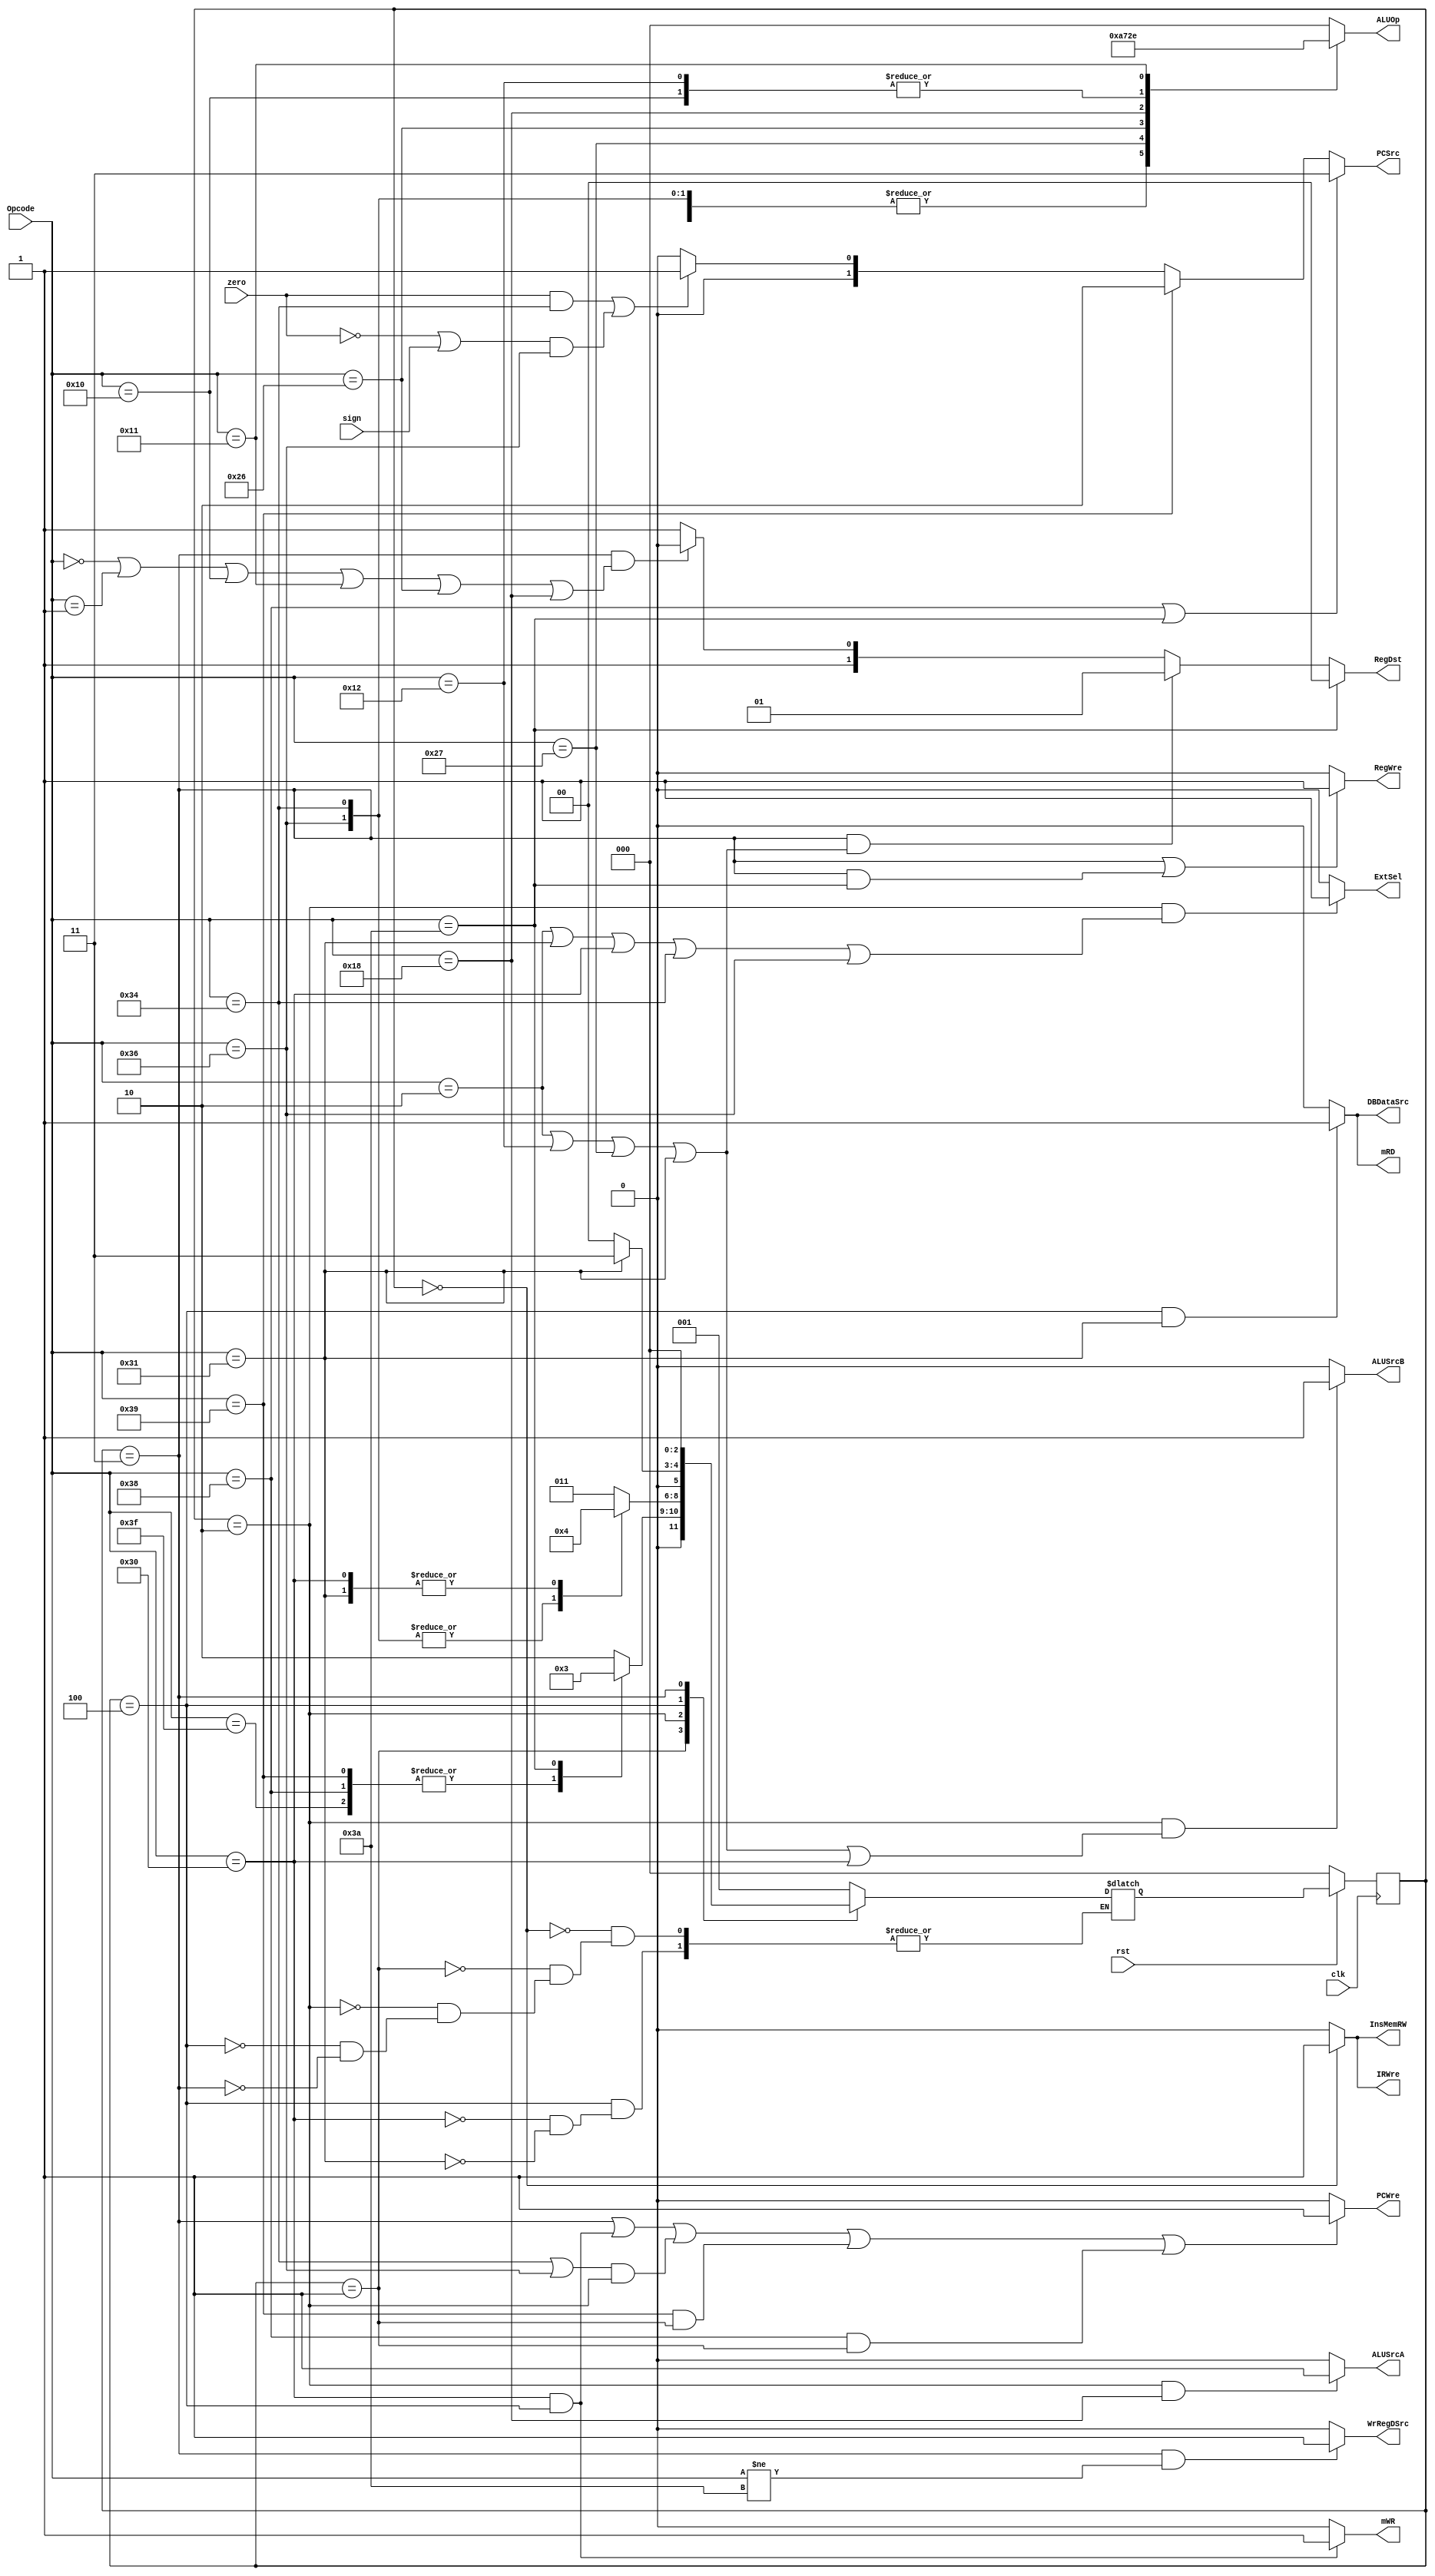
module ControlUnit(
    input clk,
    input rst,
    input [5:0] Opcode,
    input zero,
    input sign,
    output reg PCWre,
    output reg ALUSrcA,
    output reg ALUSrcB,
    output reg DBDataSrc,
    output reg RegWre,
    output reg WrRegDSrc,
    output reg InsMemRW,
    output reg mRD,
    output reg mWR,
    output reg IRWre,
    output reg ExtSel,
    output reg [1:0] PCSrc,
    output reg [1:0] RegDst,
    output reg [2:0] ALUOp
    );
    
    // 洢ǰһ״̬ͺһ״̬
    reg[2:0] presentState;
    reg[2:0] nextState;
    reg [5:0] test;
    parameter [2:0] sIF = 3'b000,
                          sID = 3'b001,
                          sEXE = 3'b010,
                          sWB = 3'b011,
                          sMEM = 3'b100;
    initial begin
        nextState <= sID;
        test <= 2'b000000;
        ALUOp <= 2'b111;
    end                
    
    //  һ״̬
    always @(posedge clk) begin
        if (!rst)
            presentState <= sIF;
        else begin
            presentState <= nextState;
        end
    end
    
    parameter [5:0] add = 6'b000000,
                      sub = 6'b000001,
                      addi = 6'b000010,
                      Or = 6'b010000,
                      And = 6'b010001,
                      ori = 6'b010010,
                      sll = 6'b011000,
                      slt = 6'b100110,
                      sltiu = 6'b100111,
                      sw = 6'b110000,
                      lw = 6'b110001,
                      beq = 6'b110100,
                      bltz = 6'b110110,
                      j = 6'b111000,
                      jr = 6'b111001,
                      jal = 6'b111010,
                      halt = 6'b111111;
                      
    // opcode͵ǰ״̬ һ״̬
    always @(presentState or Opcode) begin
        case (presentState)
            sIF: nextState <= sID;
            sID: begin
                case (Opcode)
                    j,jr,halt: begin
                        nextState <= sIF;
                    end
                    jal: nextState <= sWB;
                    default: nextState <= sEXE;
                endcase
            end
            sEXE: begin
                case(Opcode)
                    beq,bltz: begin
                        nextState <= sIF;
                    end
                    sw,lw: begin
                        nextState <= sMEM;
                    end
                    default: nextState <= sWB;
                endcase
            end
            sMEM: begin
                case (Opcode)
                    sw: nextState <= sIF;
                    lw: nextState <= sWB;
                endcase
            end
            sWB: begin
                nextState <= sIF;
            end
        endcase
    end
    
    // opcode͵ǰ״̬ ȷϵǰź
    always @(presentState or zero or Opcode or sign) begin
    // PCWre(ʱӴ)
        if ((presentState == 3'b011) || (Opcode == sw && presentState == 3'b100) || ((Opcode == beq || Opcode == bltz) && presentState == 3'b010) || (Opcode == jr && presentState == 3'b001) || (Opcode == j && presentState == 3'b001))
            PCWre = 1;
        else
            PCWre = 0;
    // ALUSrcA
        if (presentState == 3'b010 && Opcode == sll)
            ALUSrcA = 1;
        else
            ALUSrcA = 0;
    // ALUSrcB
        if (presentState == 3'b010 && (Opcode == addi || Opcode == ori || Opcode == sltiu || Opcode == lw || Opcode == sw))
            ALUSrcB = 1;
        else
            ALUSrcB = 0;
    // DBDataSrc
        if (presentState == 3'b100 && Opcode == lw)
            DBDataSrc = 1;
        else
            DBDataSrc = 0;
    // RegWre
        if (presentState == 3'b011 || (presentState == 3'b011 && Opcode == jal))
            RegWre = 1;
        else
            RegWre = 0;
    // WrRegDSrc
        if (presentState == 3'b011 && Opcode != jal)
            WrRegDSrc = 1;
        else
            WrRegDSrc = 0;
    // InsMemRW
        if (presentState == 3'b000)
            InsMemRW = 1;
        else
            InsMemRW = 0;
    // mRD
        if (presentState == 3'b100 && Opcode == lw)
            mRD = 1;
        else
            mRD = 0;
    // mWR
        if (presentState == 3'b100 && Opcode == sw)
            mWR = 1;
        else
            mWR = 0;
    // IRWre
        if (presentState == 3'b000)
            IRWre = 1;
        else
            IRWre = 0;
    // ExtSel
        if (presentState == 3'b010 && (Opcode == addi || Opcode == lw || Opcode == sw || Opcode == beq || Opcode == bltz))
            ExtSel = 1;
        else
            ExtSel = 0;
    // PCSrc[1:0]
        if (Opcode == j || Opcode == jal)
            PCSrc = 2'b11;
        else if (Opcode == jr)
            PCSrc = 2'b10;
        else if ((zero == 1 && Opcode == beq) || ((zero == 0 || sign == 1) && Opcode == bltz))
            PCSrc = 2'b01;
        else
            PCSrc = 2'b00;
    // RegDst[1:0]
        if (Opcode == jal)
            RegDst = 2'b00;
        else if (presentState == 3'b011 && (Opcode == addi || Opcode == ori || Opcode == sltiu || Opcode == lw))
            RegDst = 2'b01;
        else if (presentState == 3'b011 && (Opcode == add || Opcode == sub || Opcode == Or || Opcode == And || Opcode == slt || Opcode == sll))
            RegDst = 2'b10;
        else
            RegDst = 2'b11;
    // ALUOp[2:0]
    /*
        if (Opcode == add || Opcode == addi) begin
            ALUOp = 2'b000;
        end
        else if (Opcode == Or || Opcode == ori) begin
            ALUOp = 2'b101;
        end
        else
            ALUOp = 2'b111;
        */
        case(Opcode)
            add,addi,lw,sw:begin
                ALUOp = 3'b000;
            end
            sub,beq,bltz: begin
                test = 6'b010101;
                ALUOp = 3'b001;
            end
            sltiu: ALUOp = 3'b010;
            slt: ALUOp = 3'b011;
            sll: ALUOp = 3'b100;
            Or,ori:begin
                test <= 6'b111111;
                ALUOp <= 3'b101;
            end
            And: ALUOp = 3'b110;
            default: ALUOp = 3'b000;
        endcase
        
   end
endmodule